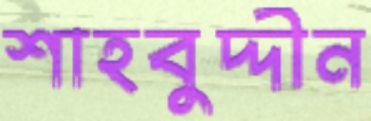
শাহবুদ্দীন